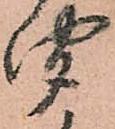
聞